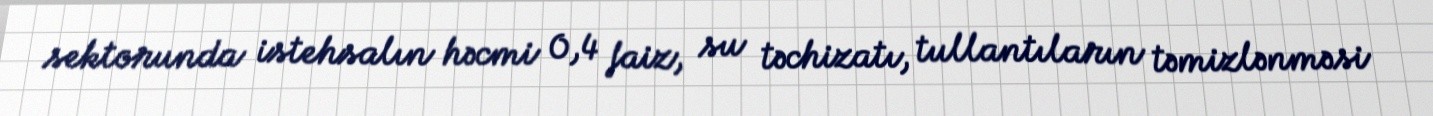
sektorunda istehsalın həcmi 0,4 faiz, su təchizatı, tullantıların təmizlənməsi